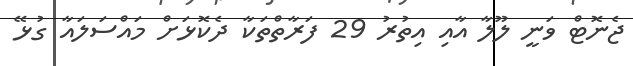
ޖެނޮޓް ވަނީ ލޫލާ އާއި އިތުރު 29 ފަރާތްތަކާ ދެކޮޅަށް މައްސަލައާ ގުޅޭ